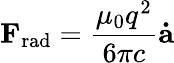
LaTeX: \mathbf{F}_{\mathrm{rad}}={\frac{\mu_{0}q^{2}}{6\pi c}}\mathbf{\dot{a}}